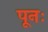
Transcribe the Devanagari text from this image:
पूनः